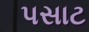
પસાટ